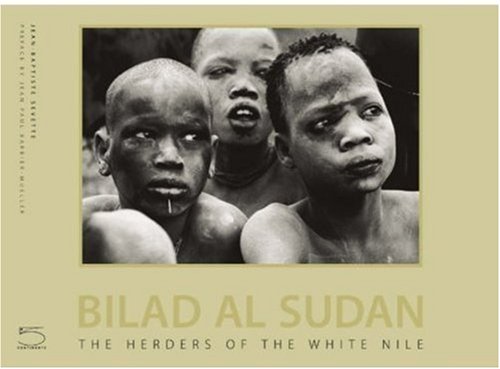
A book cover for Bilad al-Sudan: The Herdsmen of the White Nile (Imago Mundi); Jean-Baptiste Sevette; Travel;